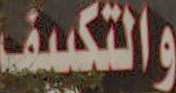
والتكييف